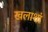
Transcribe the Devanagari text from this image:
खलाशां